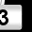
Digit: 3